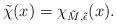
LaTeX: \begin{align*} \tilde \chi (x) = \chi_{\tilde M, \tilde\epsilon} (x) .\end{align*}